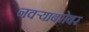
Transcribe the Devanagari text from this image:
नवर्‍याबरोबर